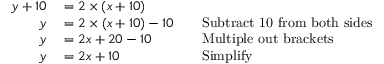
\begin{array} { r l r l } { y + 1 0 } & { { } = 2 \times ( x + 1 0 ) } \\ { y } & { { } = 2 \times ( x + 1 0 ) - 1 0 } & { } & { { } { \mathrm { S u b t r a c t ~ 1 0 ~ f r o m ~ b o t h ~ s i d e s } } } \\ { y } & { { } = 2 x + 2 0 - 1 0 } & { } & { { } { \mathrm { M u l t i p l e ~ o u t ~ b r a c k e t s } } } \\ { y } & { { } = 2 x + 1 0 } & { } & { { } { \mathrm { S i m p l i f y } } } \end{array}